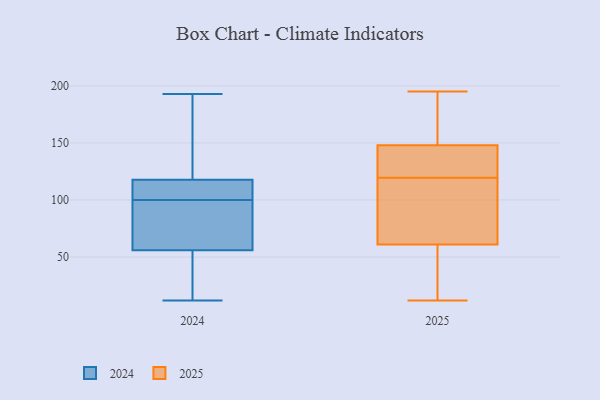
{"axis": {"x": "Page Views", "y": "Value"}, "legend": ["2024", "2025"], "data": [{"x": "", "y": 35, "type": "2025"}, {"x": "", "y": 37, "type": "2025"}, {"x": "", "y": 91, "type": "2025"}, {"x": "", "y": 117, "type": "2025"}, {"x": "", "y": 142, "type": "2025"}, {"x": "", "y": 187, "type": "2025"}, {"x": "", "y": 122, "type": "2025"}, {"x": "", "y": 12, "type": "2025"}, {"x": "", "y": 148, "type": "2025"}, {"x": "", "y": 165, "type": "2025"}, {"x": "", "y": 61, "type": "2025"}, {"x": "", "y": 156, "type": "2025"}, {"x": "", "y": 195, "type": "2025"}, {"x": "", "y": 142, "type": "2025"}, {"x": "", "y": 111, "type": "2025"}, {"x": "", "y": 59, "type": "2025"}, {"x": "", "y": 136, "type": "2025"}, {"x": "", "y": 93, "type": "2025"}, {"x": "", "y": 100, "type": "2024"}, {"x": "", "y": 148, "type": "2024"}, {"x": "", "y": 174, "type": "2024"}, {"x": "", "y": 69, "type": "2024"}, {"x": "", "y": 59, "type": "2024"}, {"x": "", "y": 121, "type": "2024"}, {"x": "", "y": 122, "type": "2024"}, {"x": "", "y": 16, "type": "2024"}, {"x": "", "y": 108, "type": "2024"}, {"x": "", "y": 12, "type": "2024"}, {"x": "", "y": 59, "type": "2024"}, {"x": "", "y": 54, "type": "2024"}, {"x": "", "y": 103, "type": "2024"}, {"x": "", "y": 55, "type": "2024"}, {"x": "", "y": 47, "type": "2024"}, {"x": "", "y": 193, "type": "2024"}, {"x": "", "y": 105, "type": "2024"}, {"x": "", "y": 80, "type": "2024"}, {"x": "", "y": 102, "type": "2024"}]}